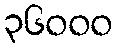
၃၆၀၀၀